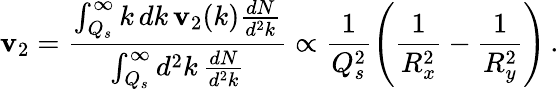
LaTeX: \mathbf{v}_{2}={\frac{{\int_{Q_{s}}^{\infty}k\, dk\, \mathbf{v}_{2}(k)\frac{{dN}}{{d^{2}k}}}}{{\int_{Q_{s}}^{\infty}d^{2}k\, \frac{{dN}}{{d^{2}k}}}}}\propto\frac{{1}}{{Q_{s}^{2}}}\left(\frac{{1}}{{R_{x}^{2}}}-\frac{{1}}{{R_{y}^{2}}}\right)\, .